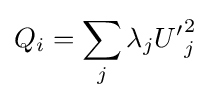
Q_{i}=\sum _{j}\lambda _{j}{U'}_{j}^{2}